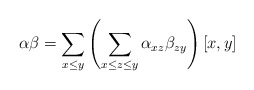
\begin{align*} \alpha\beta=\sum_{x\le y}\left(\sum_{x\le z\le y}\alpha_{xz}\beta_{zy}\right)[x,y]\end{align*}